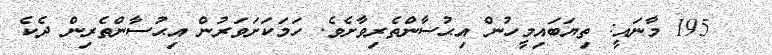
195 މާނައީ: ތިޔަބައިމީހުން އިޙުސާންތެރިވާށެވެ. ހަމަކަށަވަރުން އިޙުސާންތެރިން ދެކެ